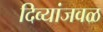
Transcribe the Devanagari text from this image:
दिव्यांजवळ